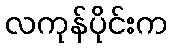
လကုန်ပိုင်းက